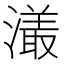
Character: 𤀡